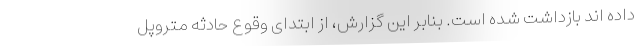
داده اند بازداشت شده است. بنابر این گزارش، از ابتدای وقوع حادثه متروپل